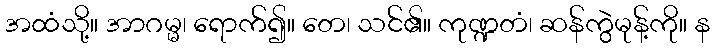
အထံသို့။ အာဂမ္မ၊ ရောက်၍။ တေ၊ သင်၏။ ကုဏ္ဍတံ၊ ဆန်ကွဲမုန့်ကို။ န